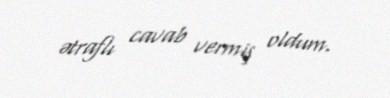
ətraflı cavab vermiş oldum.